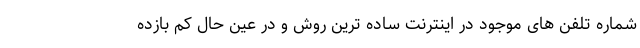
شماره تلفن های موجود در اینترنت ساده ترین روش و در عین حال کم بازده